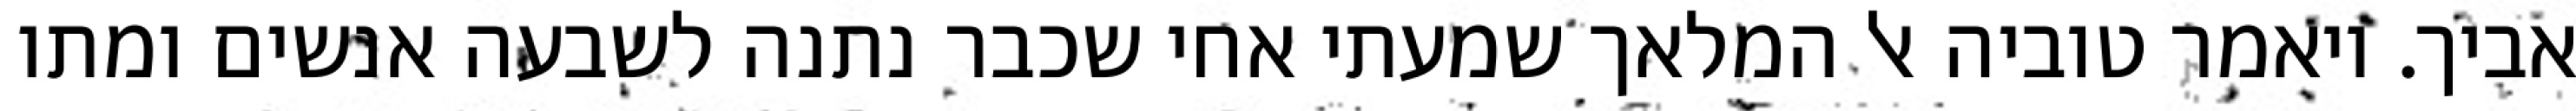
אביך. ויאמר טוביה אל המלאך שמעתי אחי שכבר נתנה לשבעה אנשים ומתו